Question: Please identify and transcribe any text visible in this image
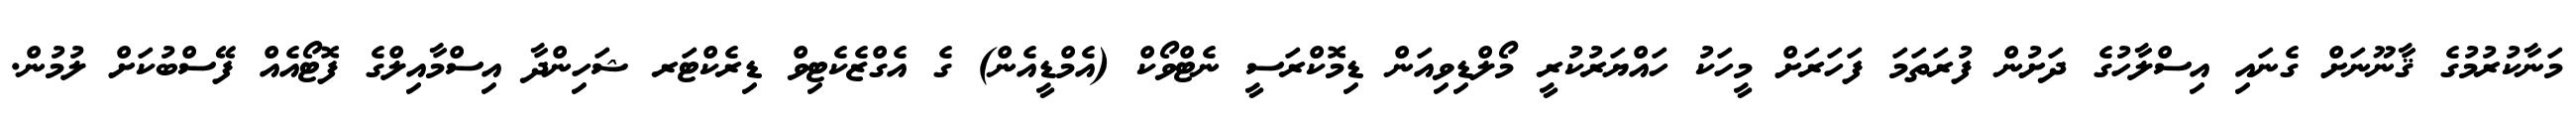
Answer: މަނާކުރުމުގެ ޤާނޫނަށް ގެނައި އިސްލާހުގެ ދަށުން ފުރަތަމަ ފަހަރަށް މީހަކު ހައްޔަރުކުރީ މޯލްޑިވިއަން ޑިމޮކްރަސީ ނެޓްވޯކް (އެމްޑީއެން) ގެ އެގްޒެކެޓިވް ޑިރެކްޓަރ ޝަހިންދާ އިސްމާއިލްގެ ފޮޓޯއެއް ފޭސްބުކަށް ލުމުން.